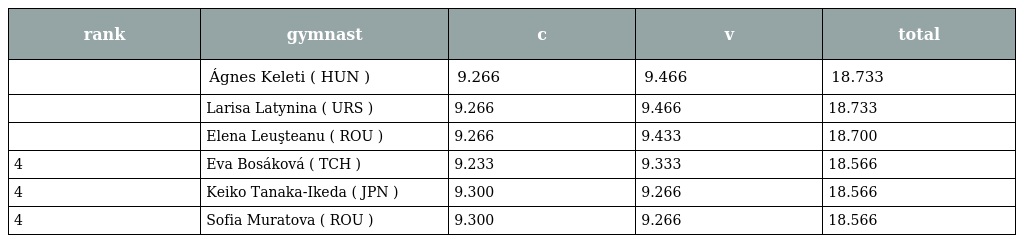
| rank | gymnast | c | v | total |
 | --- | --- | --- | --- | --- |
 |  | Ágnes Keleti ( HUN ) | 9.266 | 9.466 | 18.733 |
 |  | Larisa Latynina ( URS ) | 9.266 | 9.466 | 18.733 |
 |  | Elena Leuşteanu ( ROU ) | 9.266 | 9.433 | 18.700 |
 | 4 | Eva Bosáková ( TCH ) | 9.233 | 9.333 | 18.566 |
 | 4 | Keiko Tanaka-Ikeda ( JPN ) | 9.300 | 9.266 | 18.566 |
 | 4 | Sofia Muratova ( ROU ) | 9.300 | 9.266 | 18.566 |